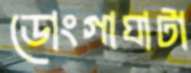
ডোংগাঘাটা